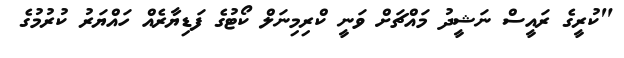
"ކުރީގެ ރައީސް ނަޝީދު މައްޗަށް ވަނީ ކްރިމިނަލް ކޯޓުގެ ފަޑިޔާރެއް ހައްޔަރު ކުރުމުގެ